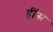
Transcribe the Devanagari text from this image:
हींस